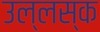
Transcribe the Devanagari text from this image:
उल्लस्क